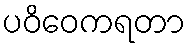
ပဝိဝေကရတာ